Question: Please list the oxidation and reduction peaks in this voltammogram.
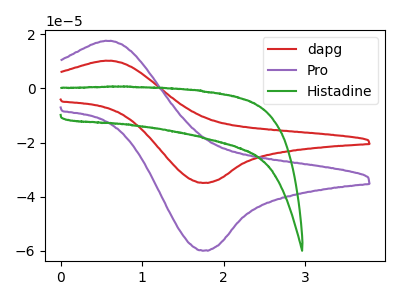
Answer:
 <answer>The red curve "dapg" has an anodic peak at (0.65V, 10.20uA) and a cathodic peak at (1.75V, -34.85uA). The purple curve "Pro" has an anodic peak at (0.65V, 17.55uA) and a cathodic peak at (1.75V, -59.90uA). The green curve "Histadine" has no peaks.</answer>
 <eval></eval>